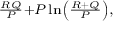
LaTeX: \scriptstyle { \frac { R Q } { P } } + P \ln \left( { \frac { R + Q } { P } } \right) ,